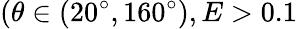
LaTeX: (\theta\in(20^{\circ},160^{\circ}),E>0.1